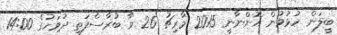
ބީލަން ހުޅުވުން އޮންނާނީ 2015 މާރިޗު 26 ވާ ބުރާސްފަތި ދުވަހުގެ 14:00